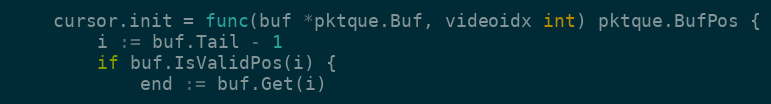
Language: Go
	cursor.init = func(buf *pktque.Buf, videoidx int) pktque.BufPos {
		i := buf.Tail - 1
		if buf.IsValidPos(i) {
			end := buf.Get(i)